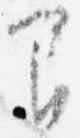
間